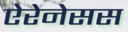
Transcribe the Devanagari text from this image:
ऐरेनेसस